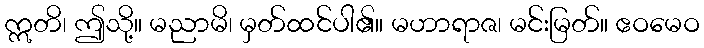
ဣတိ၊ ဤသို့။ မညာမိ၊ မှတ်ထင်ပါ၏။ မဟာရာဇ၊ မင်းမြတ်။ ဧဝမေဝ